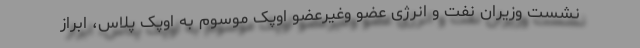
نشست وزیران نفت و انرژی عضو وغیرعضو اوپک موسوم به اوپک پلاس، ابراز